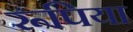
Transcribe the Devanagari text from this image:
रूपिया